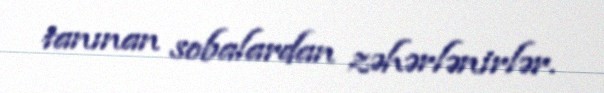
tanınan sobalardan zəhərlənirlər.